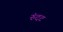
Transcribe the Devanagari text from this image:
रुंदट